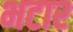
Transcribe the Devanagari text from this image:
भटार